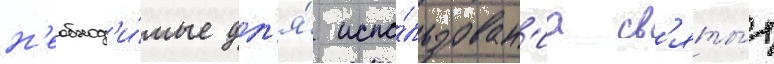
н'еобход'и́мые дл'я́ испо́льзован'иа св'яты́х